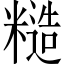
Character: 糙